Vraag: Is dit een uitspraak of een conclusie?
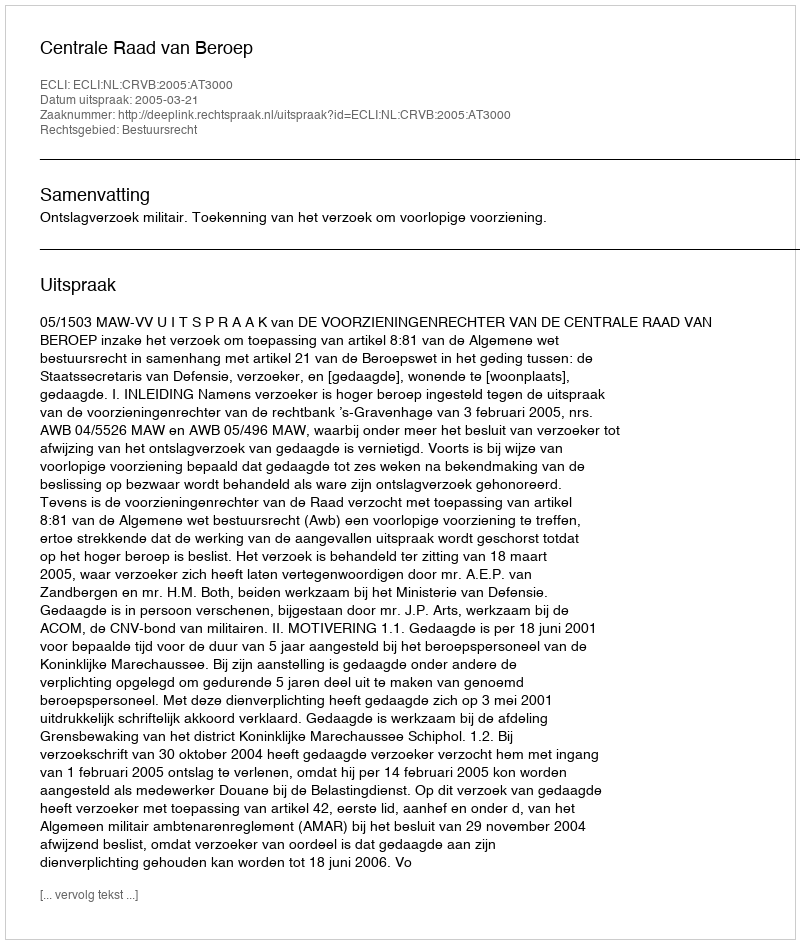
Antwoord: Uitspraak